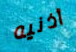
أذنيه